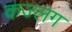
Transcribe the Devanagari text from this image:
कज्लग